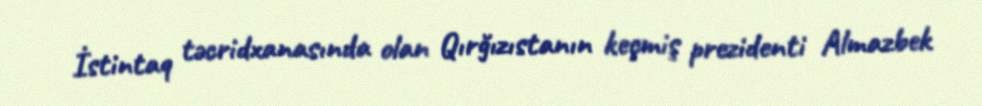
İstintaq təcridxanasında olan Qırğızıstanın keçmiş prezidenti Almazbek